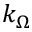
k _ { \Omega }